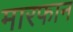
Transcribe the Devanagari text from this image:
मारफान